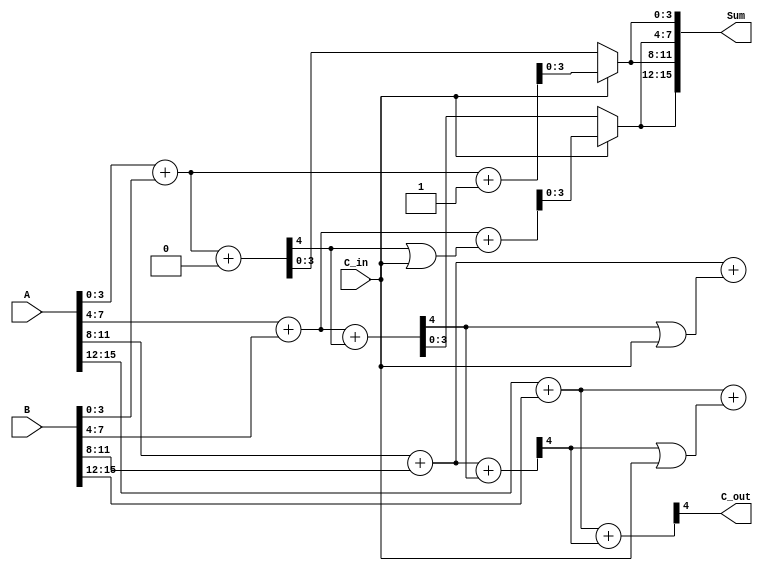
module DynamicCarrySelectAdder (
    input [15:0] A,      // 16-bit input A
    input [15:0] B,      // 16-bit input B
    input C_in,          // Carry input
    output [15:0] Sum,   // 16-bit Sum output
    output C_out         // Carry output
);

    // Intermediate sums and carries
    wire [3:0] sum0, sum1, sum2, sum3; // Sums assuming C_in = 0 and C_in = 1
    wire c0, c1, c2, c3;               // Carry outputs for each segment

    // Segment 0 (LSB)
    assign {c0, sum0} = A[3:0] + B[3:0] + 0; // C_in = 0
    assign {c0, sum1} = A[3:0] + B[3:0] + 1; // C_in = 1

    // Segment 1
    assign {c1, sum2} = A[7:4] + B[7:4] + c0; // C_in = c0
    assign {c1, sum3} = A[7:4] + B[7:4] + (c0 | C_in); // C_in = c1

    // Segment 2
    assign {c2, sum0} = A[11:8] + B[11:8] + c1; // C_in = c1
    assign {c2, sum1} = A[11:8] + B[11:8] + (c1 | C_in); // C_in = c2

    // Segment 3
    assign {c3, sum2} = A[15:12] + B[15:12] + c2; // C_in = c2
    assign {c3, sum3} = A[15:12] + B[15:12] + (c2 | C_in); // C_in = c3

    // Carry Select Logic
    assign Sum[3:0] = C_in ? sum1 : sum0; // Select based on C_in for segment 0
    assign Sum[7:4] = (C_in ? sum3 : sum2); // Select for segment 1
    assign Sum[11:8] = (C_in ? sum1 : sum0); // Select for segment 2
    assign Sum[15:12] = (C_in ? sum3 : sum2); // Select for segment 3

    // Final Carry Output
    assign C_out = c3; // Carry out from the last segment

endmodule